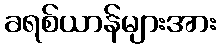
ခရစ်ယာန်များအား